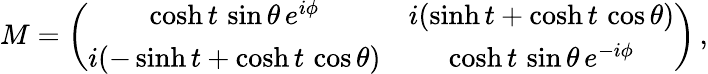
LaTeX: M=\left(\begin{array}{cc}{{\cosh t\, \sin\theta\, e^{i\phi}}}&{{i(\sinh t+\cosh t\, \cos\theta)}}\\ {{i(-\sinh t+\cosh t\, \cos\theta)}}&{{\cosh t\, \sin\theta\, e^{-i\phi}}}\end{array}\right)\, ,